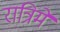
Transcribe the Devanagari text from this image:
रात्रिमें